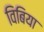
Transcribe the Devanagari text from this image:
विबिया